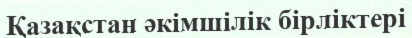
Қазақстан әкімшілік бірліктері